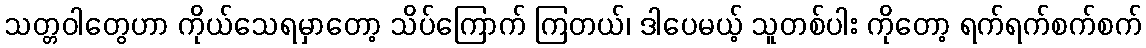
သတ္တဝါတွေဟာ ကိုယ်သေရမှာတော့ သိပ်ကြောက် ကြတယ်၊ ဒါပေမယ့် သူတစ်ပါး ကိုတော့ ရက်ရက်စက်စက်